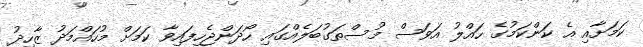
ކަމަށާއި އެ ކަންކަމުގެ ހައްލު އަވަސް މުސްތަގުބަލެއްގައި ހޯދަންޖެހިފައިވާ ކަމަށް މުހައްމަދު ޒާހިދު